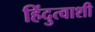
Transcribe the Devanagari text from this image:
हिंदुत्वाशी